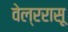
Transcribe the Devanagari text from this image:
वेल्ररासू